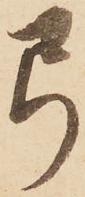
弓